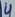
Text: 4